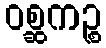
ဝစ္ဆကဉ္စ